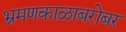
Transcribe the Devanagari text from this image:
भ्रमणकाळाबरोबर